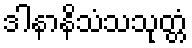
ဒါနာနိသံသသုတ္တံ